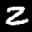
Label: 2